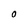
Character: O